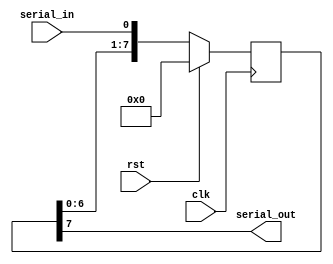
module siso_shift_register (
    input clk,
    input rst,
    input serial_in,
    output reg serial_out
);

reg [7:0] register;

always @(posedge clk) begin
    if (rst) begin
        register <= 8'b00000000;
    end else begin
        register <= {register[6:0], serial_in};
    end
end

assign serial_out = register[7];

endmodule